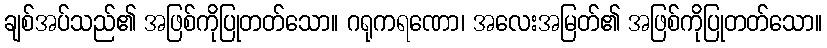
ချစ်အပ်သည်၏ အဖြစ်ကိုပြုတတ်သော။ ဂရုကရဏော၊ အလေးအမြတ်၏ အဖြစ်ကိုပြုတတ်သော။